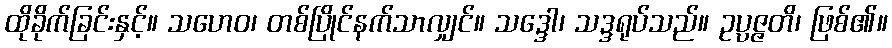
ထိုခိုက်ခြင်းနှင့်။ သဟေဝ၊ တစ်ပြိုင်နက်သာလျှင်။ သဒ္ဒေါ၊ သဒ္ဒရုပ်သည်။ ဥပ္ပဇ္ဇတိ၊ ဖြစ်၏။